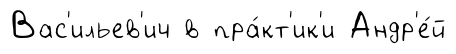
Вас'ильев'ич в пра́кт'ик'и Андр'е́й